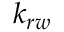
k _ { r w }